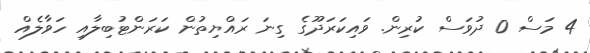
4 މަސް 0 ދުވަސް ކުރިން. ވައިކަރަދޫގެ ގިނަ ރައްޔިތުން ކަރަންޓުބިލާއި ހަވާލެއް